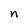
Character: n